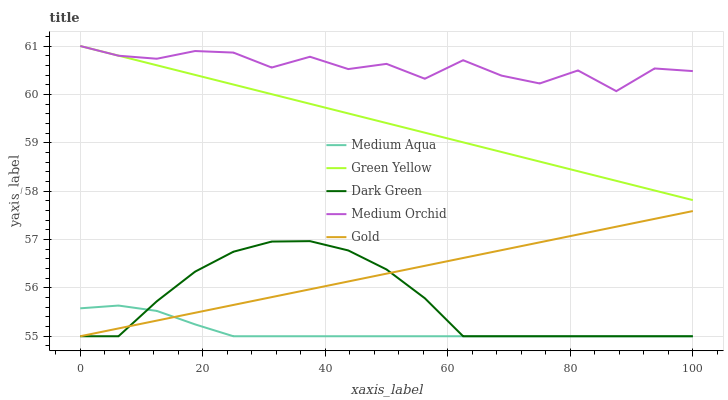
| xaxis_label | Medium Aqua | Green Yellow | Dark Green | Medium Orchid | Gold |
 | --- | --- | --- | --- | --- | --- |
 | 0 | 55.6 | 61 | 55 | 61 | 55 |
 | 6.25 | 55.6 | 60.8 | 55 | 60.8 | 55.2 |
 | 12.5 | 55.5 | 60.6 | 55.7 | 60.7 | 55.3 |
 | 18.8 | 55.2 | 60.4 | 56.3 | 60.9 | 55.5 |
 | 25 | 55 | 60.2 | 56.7 | 60.9 | 55.6 |
 | 31.2 | 55 | 60 | 57 | 60.6 | 55.8 |
 | 37.5 | 55 | 59.8 | 57 | 60.8 | 56 |
 | 43.8 | 55 | 59.6 | 56.8 | 60.5 | 56.1 |
 | 50 | 55 | 59.4 | 56.4 | 60.6 | 56.3 |
 | 56.2 | 55 | 59.2 | 55.8 | 60.3 | 56.5 |
 | 62.5 | 55 | 59 | 55 | 60.7 | 56.6 |
 | 68.8 | 55 | 58.8 | 55 | 60.4 | 56.8 |
 | 75 | 55 | 58.6 | 55 | 60.2 | 56.9 |
 | 81.2 | 55 | 58.4 | 55 | 60.5 | 57.1 |
 | 87.5 | 55 | 58.2 | 55 | 60.1 | 57.3 |
 | 93.8 | 55 | 58 | 55 | 60.5 | 57.4 |
 | 100 | 55 | 57.8 | 55 | 60.5 | 57.6 |